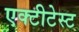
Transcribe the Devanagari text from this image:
एक्टीटेस्ट